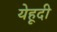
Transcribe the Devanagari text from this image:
येहूदी